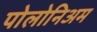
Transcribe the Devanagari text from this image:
पोलोनिअम